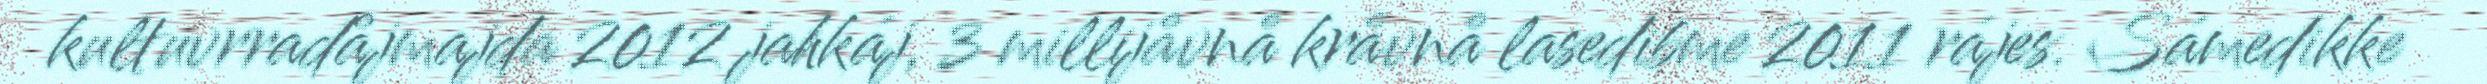
kultuvrradåjmajda 2012 jahkáj, 3 millijåvnå kråvnå lasedibme 2011 rájes. Sámedikke